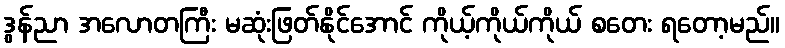
ဒွန်ညာ အလောတကြီး မဆုံးဖြတ်နိုင်အောင် ကိုယ့်ကိုယ်ကိုယ် စတေး ရတော့မည်။